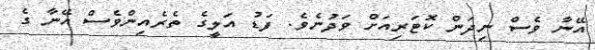
އޭނާ ވެސް ނިދަން ކޮޓަރިއަށް ވަދުނެވެ. ފަޑު އަލީގެ ތެރެއިންވެސް އޭނާ ގެ